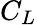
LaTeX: C_{L}